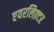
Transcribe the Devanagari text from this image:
एयरलिफ़्टर